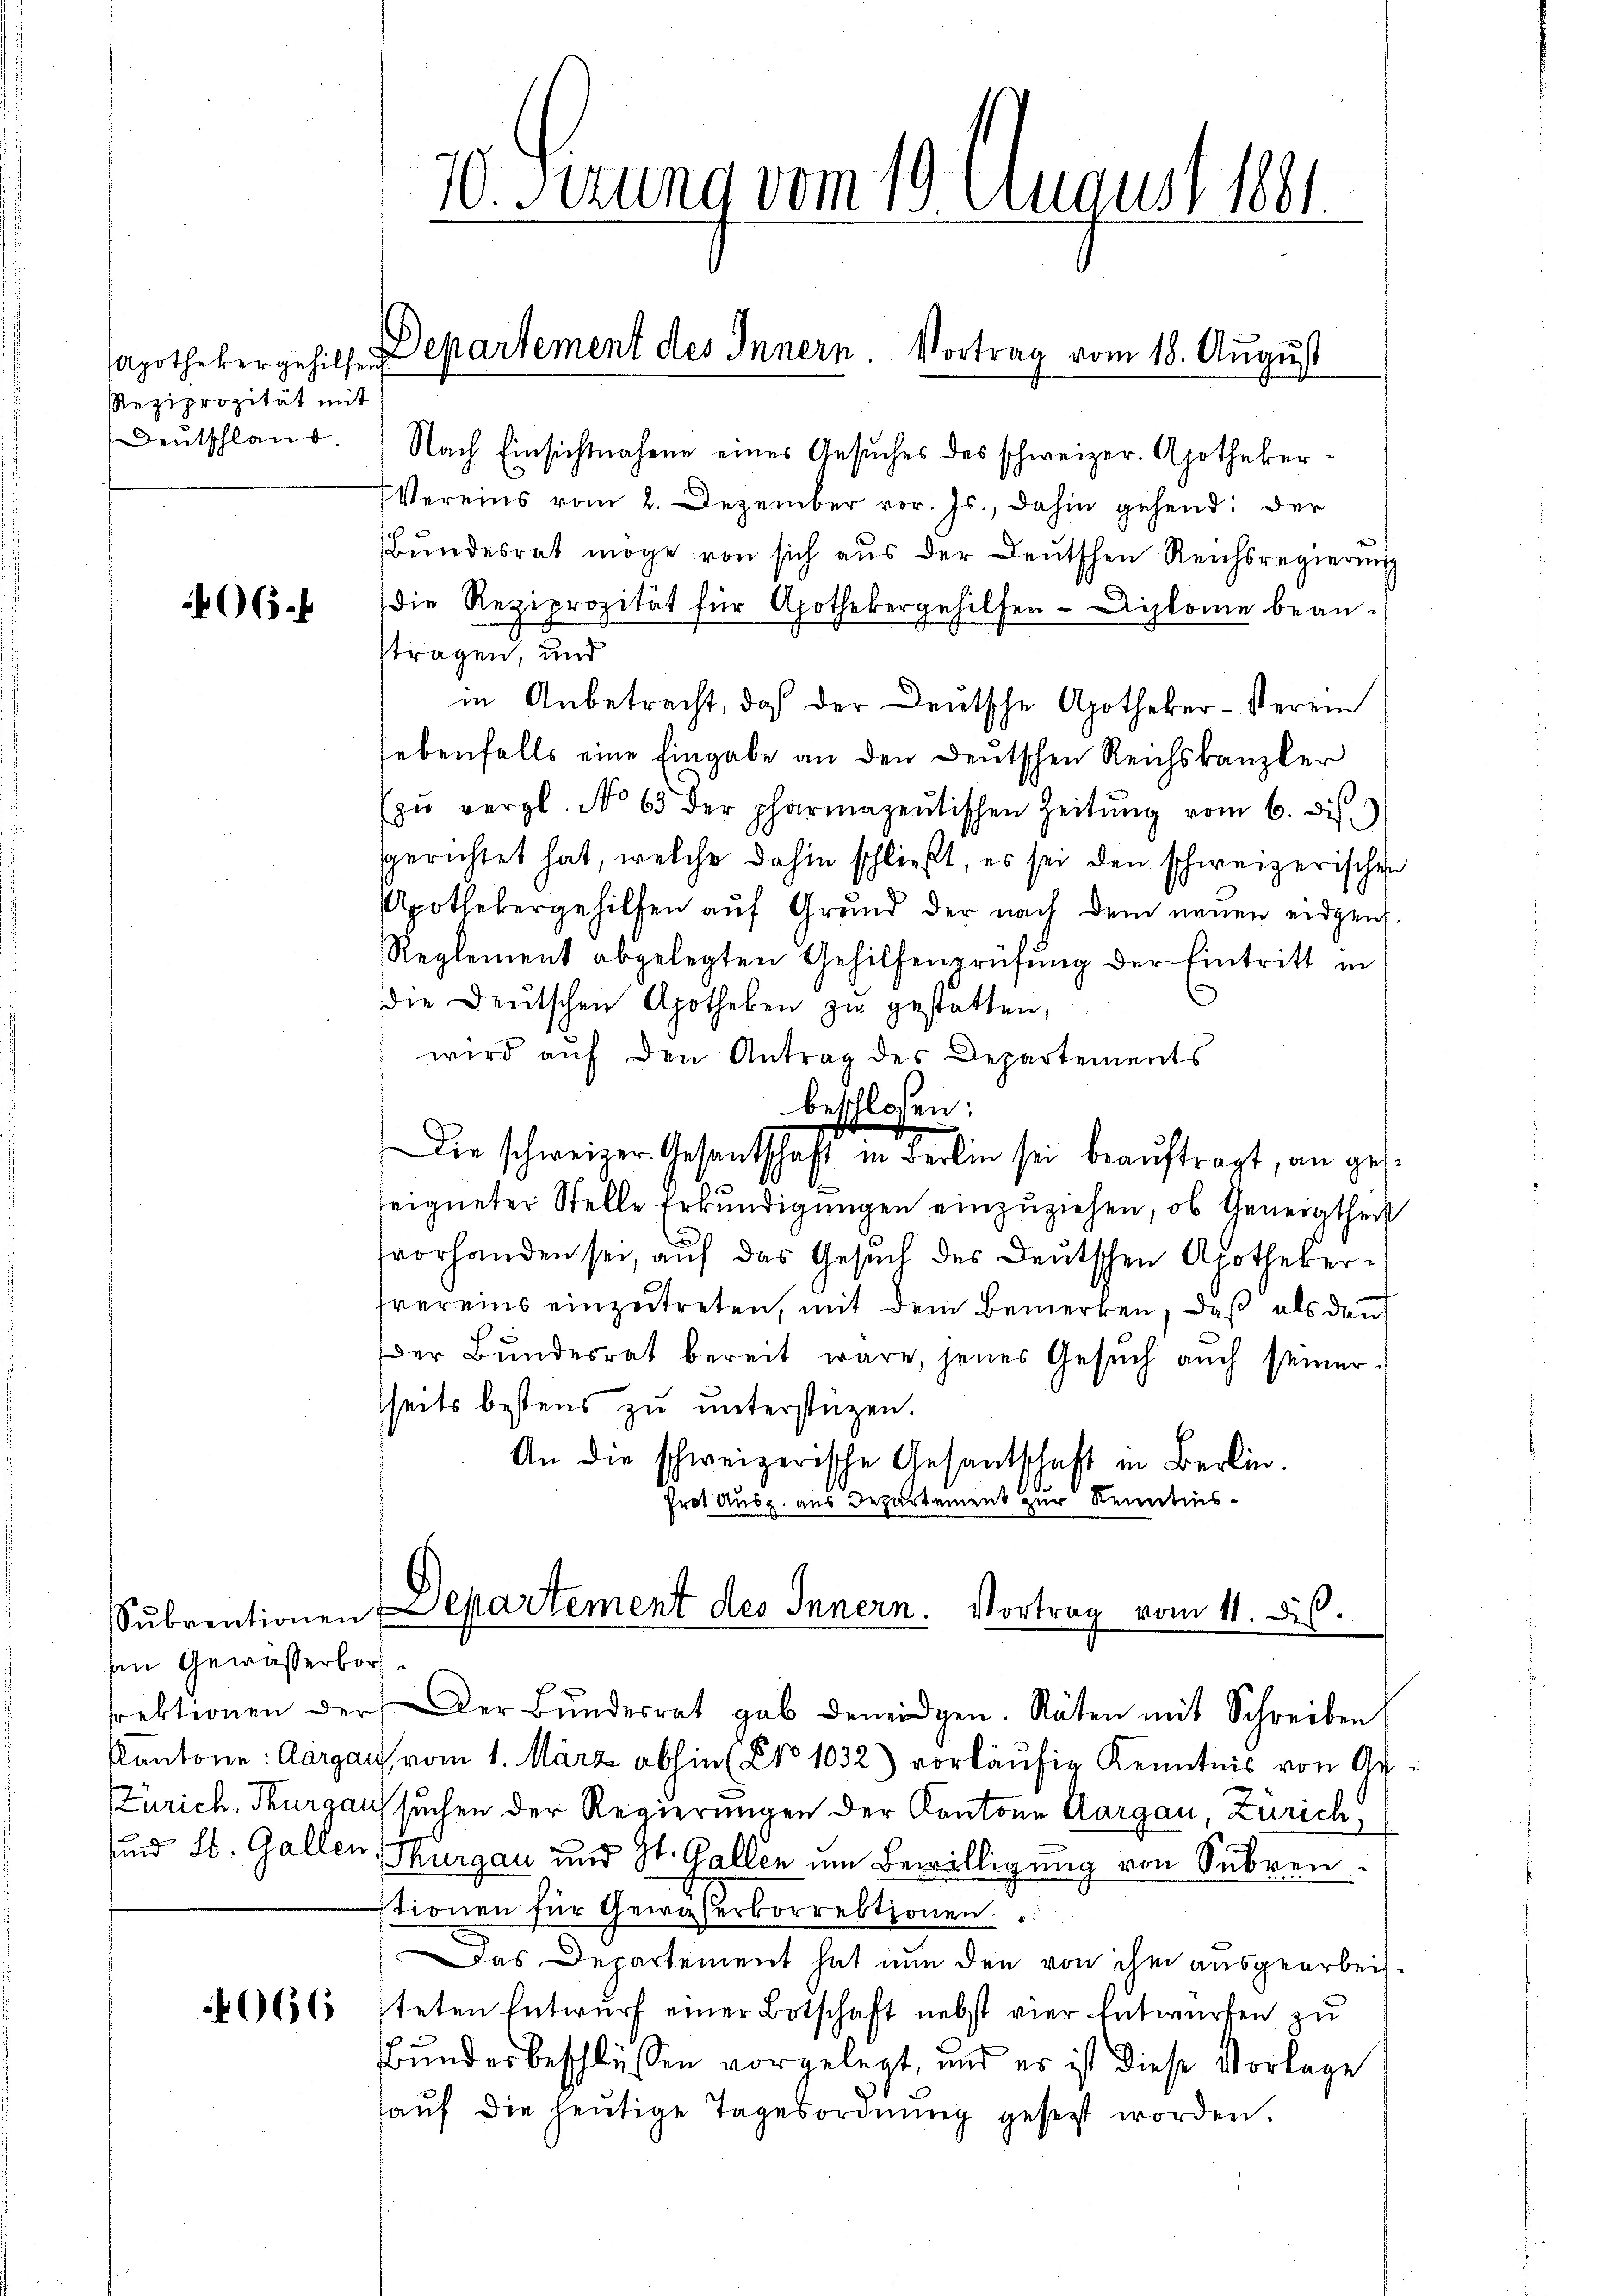
Apotheker gehilfen
Reziprozität mit
Deutschland.

406.

sein Gewässerbor

70. Sizung vom 19. August 1881.

Nach Einsichtnahme eines Gesuches des schweizer. Apotheker¬
Vereins vom 2. Dezember vor. Js., dahin gehend: der
Bŭndesrat möge von sich aŭs der Leŭtschen Reichsregierŭng
die Reziprozität für Apothekergehilfen- Diplome bean-
stragen, und
in Anbetracht, daß der Deutsche Apotheker-Verein
hebenfalls eine Eingabe an den Deutschen Reichskanzler
zŭ vergl. No 63 der pharmazeŭtischen Zeitŭng vom 6. ds.
sgerichtet hat, welche dahin schließt, es sei den schweizerischen
Apothekergehilfen auf Grund der nach dem neuen eidgen.
Reglement abgelegten Gehilfenprüfŭng der Eintritt in
die Deutschen Apotheken zŭ gestatten,
wird aŭf den Antrag des Departements
beschlossen:
Die schweizer Gesandschaft in Berlin sei beauftragt, an gesseigneter Stelle Erkundigungen einzuziehen, ob Geneigtheit
fvorhanden sei, auf das Gesuch des Deutschen Apothekerhvereins einzutreten, mit dem Bemerken, daß als dann
der Bŭndesrat bereit wäre, jenes Gesŭch auch seiner-
sseits bestens zu unterstüzen.
An die schweizerische Gesantschaft in Berlin.
Frot Ausz. aus Departement zur Kenntnis¬

Departement des Innern. Vortrag vom 18. August

kantone: Aargau vom 1. März abhin (Pro. 1032) vorläufig Kenntnis von Ge¬
(Zürich, Thurgau suchen der Regierungen der Kantone Aargau, Zürich,
sind St. Gallen, Thurgau und St. Gallen um Bewilligung von Subren
stionen für Gewässerkorrektionen
Das Departement hat nun den von ihm ausgearbei¬
666 steten Entwurf einer Botschaft nebst vier Entwürfen zu
Bundesbeschlüssen vorgelegt, und es ist diese Vorlage
haŭf die heŭtige Tagesordnŭng gesezt worden.

Subventionen Departement des Innern. Vortrag vom 11. ds.
rektionen der Der Bŭndesrat gab deneidgen. Räten mit Schreiben